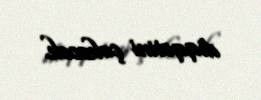
diqqətini çəkəcək.